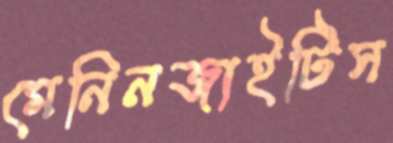
মেনিনজাইটিস